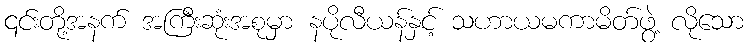
၎င်းတို့အနက် အကြီးဆုံးအစုမှာ နပိုလီယန်နှင့် သဟာယမကာမိတ်ဖွဲ့ လိုသော